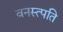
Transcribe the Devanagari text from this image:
वनस्त्पति